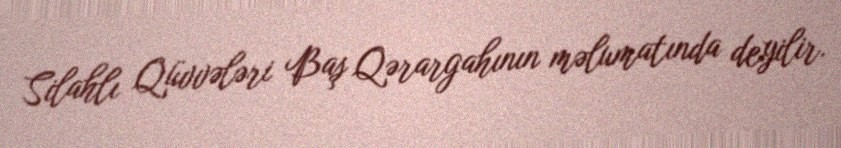
Silahlı Qüvvələri Baş Qərargahının məlumatında deyilir.